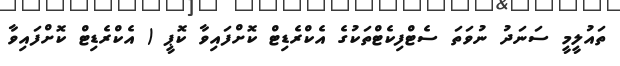
ތައުލީމީ ސަނަދު ނުވަތަ ސެޓްފިކެޓްތަކުގެ އެކްރެޑިޓް ކޮށްފައިވާ ކޮޕީ ( އެކްރެޑިޓް ކޮށްފައިވާ